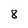
Character: 8